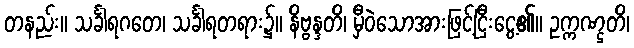
တနည်း။ သင်္ခါရဂတေ၊ သင်္ခါရတရား၌။ နိဗ္ဗန္ဒတိ၊ မှီဝဲသောအားဖြင့်ငြီးငွေ့၏။ ဥက္ကဏ္ဌတိ၊